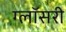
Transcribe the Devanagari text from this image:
ग्लॉसरी